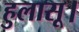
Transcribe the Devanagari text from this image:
हुलासू।